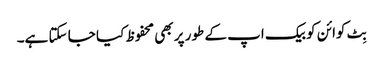
بِٹ کوائن کو بیک اپ کے طور پر بھی محفوظ کیا جا سکتا ہے۔